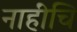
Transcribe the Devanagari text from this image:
नाहींचि